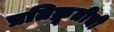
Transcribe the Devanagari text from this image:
प्रतिक्रूतीची